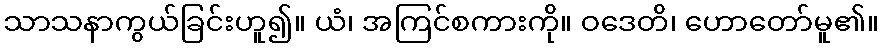
သာသနာကွယ်ခြင်းဟူ၍။ ယံ၊ အကြင်စကားကို။ ဝဒေတိ၊ ဟောတော်မူ၏။